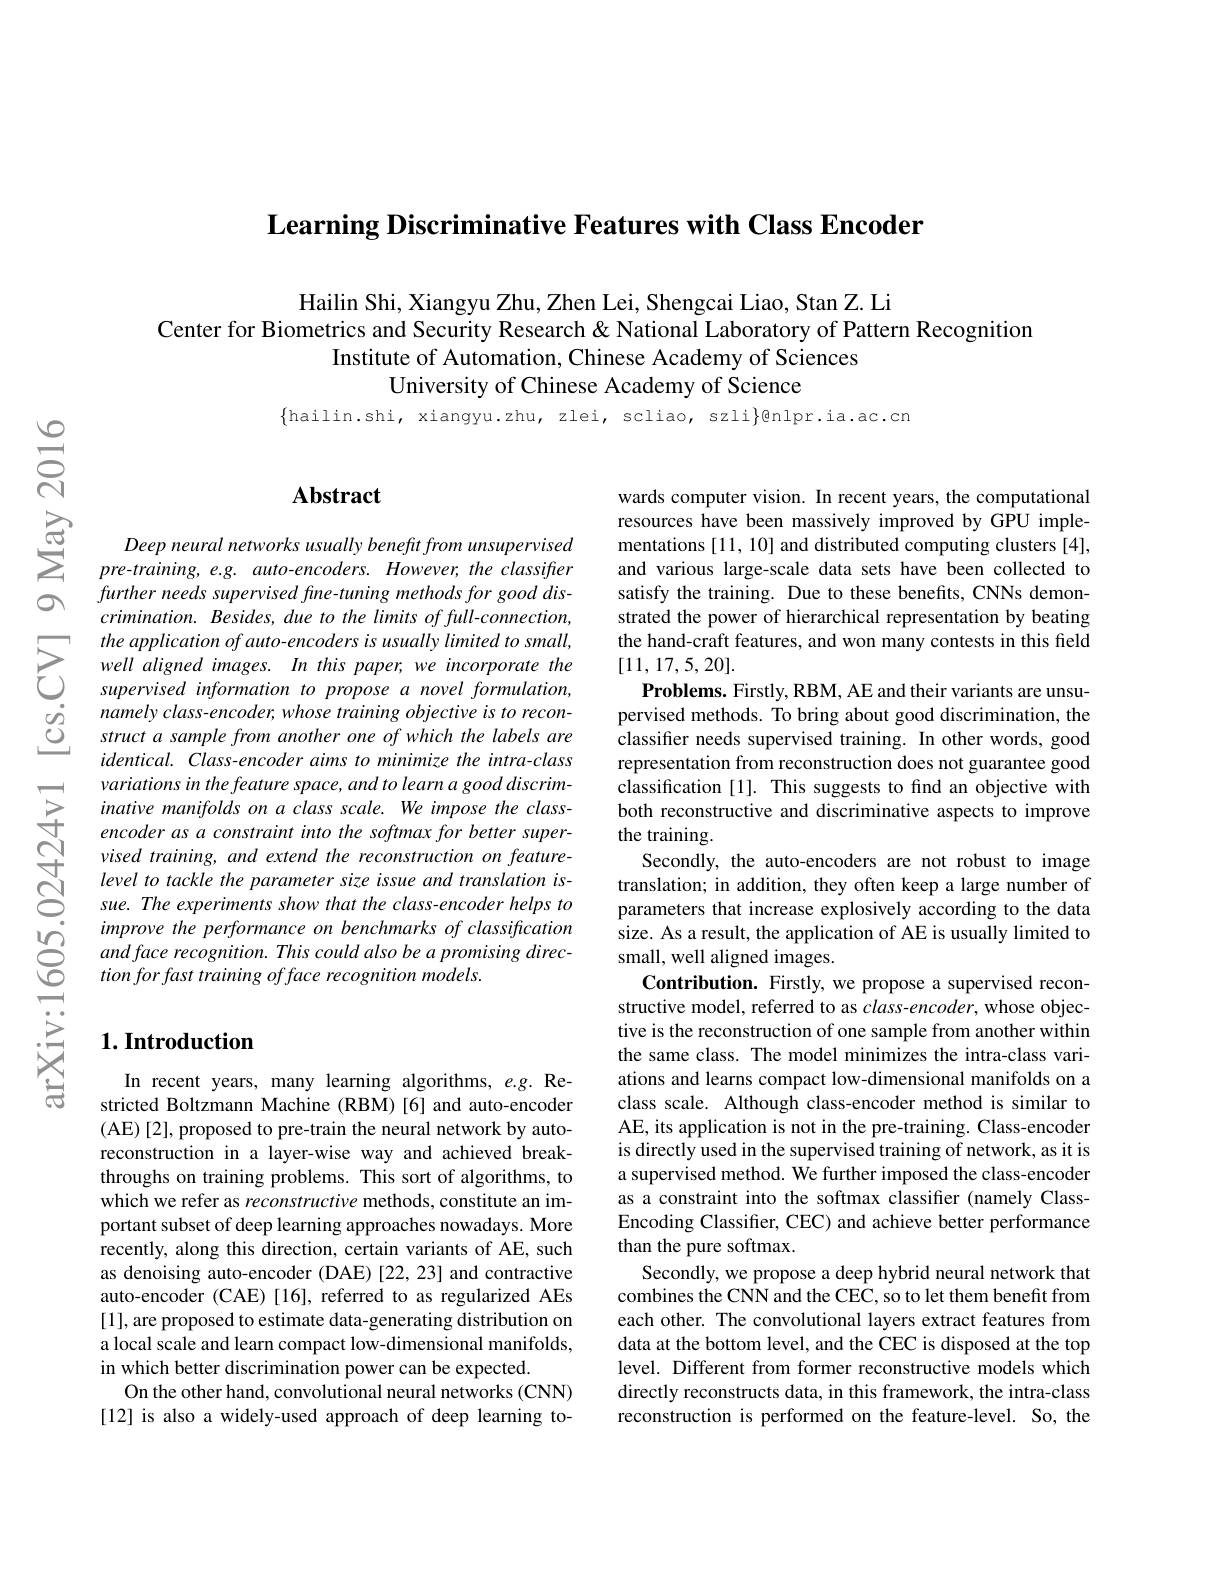
Learning Discriminative Features with Class Encoder

Hailin Shi, Xiangyu Zhu, Zhen Lei, Shengcai Liao, Stan Z. Li
Center for Biometrics and Security Research & National Laboratory of Pattern Recognition
Institute of Automation, Chinese Academy of Sciences
University of Chinese Academy of Science

## $\mathbf{Abstract}$

Deep neural networks usually benefit from unsupervised pre-training, e.g. auto-encoders. However, the classifier further needs supervised fine-tuning methods for good dis- $crimination.Besides,duetothelimitsoffull-connection$,
$\sum_{\begin{array}{ccc}&\text{the application of auto-encoders is usually limited to small,}\\&\text{well aligned images. In this paper, we incorporate the}\\&\text{supervised information to propose a novel formulation,}\end{array}}$
namely class-encoder, whose training objective is to reconstruct a sample from another one of which the labels are identical. Class-encoder aims to minimize the intra-class variations in the feature space, and to learn a good discriminative manifolds on a class scale. We impose the classencoder as a constraint into the softmax for better supervised training, and extend the reconstruction on featurelevel to tackle the parameter size issue and translation issue. The experiments show that the class-encoder helps to improve the performance on benchmarks of classification and face recognition. This could also be a promising direction for fast training of face recognition models.

## $1. \textbf{Introduction}$

In recent years, many learning algorithms, e.g. Restricted Boltzmann Machine (RBM)[6] and auto-encoder (AE)[2], proposed to pre-train the neural network by autoreconstruction in a layer-wise way and achieved breakthroughs on training problems. This sort of algorithms, to which we refer as reconstructive methods, constitute an important subset of deep learning approaches nowadays. More recently, along this direction, certain variants of AE, such as denoising auto-encoder (DAE) [22,23] and contractive auto-encoder (CAE)[16], referred to as regularized AEs [1], are proposed to estimate data-generating distribution on a local scale and learn compact low-dimensional manifolds, in which better discrimination power can be expected.
On the other hand, convolutional neural networks (CNN) [12] is also a widely-used approach of deep learning to-

wards computer vision. In recent years, the computational resources have been massively improved by GPU implementations [11, 10] and distributed computing clusters [4], and various large-scale data sets have been collected to satisfy the training. Due to these benefits, CNNs demonstrated the power of hierarchical representation by beating the hand-craft features, and won many contests in this field [11,17,5,20].
Problems. Firstly, RBM, AE and their variants are unsupervised methods. To bring about good discrimination, the classifier needs supervised training. In other words, good representation from reconstruction does not guarantee good classification [1]. This suggests to find an objective with both reconstructive and discriminative aspects to improve the training.
Secondly, the auto-encoders are not robust to image translation; in addition, they often keep a large number of parameters that increase explosively according to the data size. As a result, the application of AE is usually limited to small, well aligned images.
Contribution. Firstly, we propose a supervised reconstructive model, referred to as class-encoder, whose objective is the reconstruction of one sample from another within the same class. The model minimizes the intra-class variations and learns compact low-dimensional manifolds on a class scale. Although class-encoder method is similar to AE, its application is not in the pre-training. Class-encoder is directly used in the supervised training of network, as it is a supervised method. We further imposed the class-encoder as a constraint into the softmax classifier (namely ClassEncoding Classifer, CEC) and achieve better performance than the pure softmax.
Secondly, we propose a deep hybrid neural network that combines the CNN and the CEC, so to let them benefit from each other. The convolutional layers extract features from data at the bottom level, and the CEC is disposed at the top level. Different from former reconstructive models which directly reconstructs data, in this framework, the intra-class reconstruction is performed on the feature-level. So, the